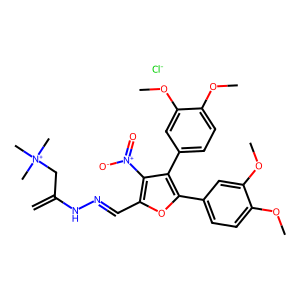
SMILES: C=C(C[N+](C)(C)C)NN=Cc1oc(-c2ccc(OC)c(OC)c2)c(-c2ccc(OC)c(OC)c2)c1[N+](=O)[O-].[Cl-]
Inhibits HIV replication: No